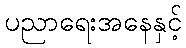
ပညာရေးအနေနှင့်